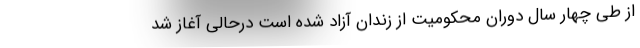
از طی چهار سال دوران محکومیت از زندان آزاد شده است درحالی آغاز شد